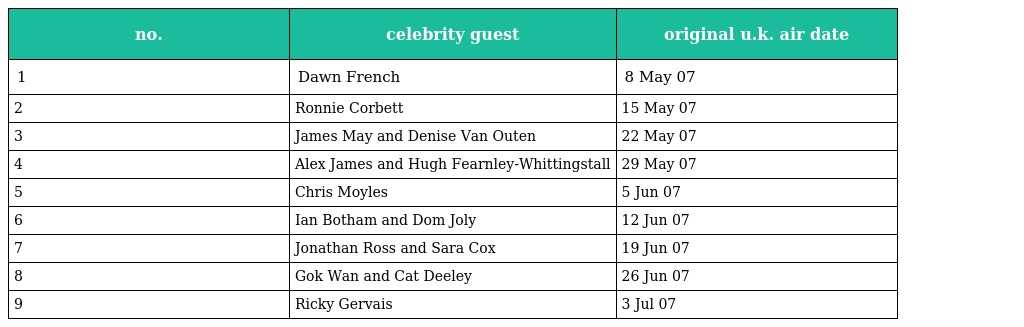
| no. | celebrity guest | original u.k. air date |
 | --- | --- | --- |
 | 1 | Dawn French | 8 May 07 |
 | 2 | Ronnie Corbett | 15 May 07 |
 | 3 | James May and Denise Van Outen | 22 May 07 |
 | 4 | Alex James and Hugh Fearnley-Whittingstall | 29 May 07 |
 | 5 | Chris Moyles | 5 Jun 07 |
 | 6 | Ian Botham and Dom Joly | 12 Jun 07 |
 | 7 | Jonathan Ross and Sara Cox | 19 Jun 07 |
 | 8 | Gok Wan and Cat Deeley | 26 Jun 07 |
 | 9 | Ricky Gervais | 3 Jul 07 |